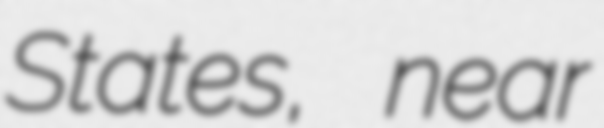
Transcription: States, near